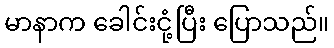
မာနာက ခေါင်းငုံ့ပြီး ပြောသည်။